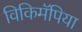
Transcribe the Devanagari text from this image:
विकिमॅपिया